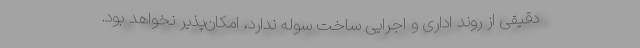
دقیقی از روند اداری و اجرایی ساخت سوله ندارد، امکان‌پذیر نخواهد بود.